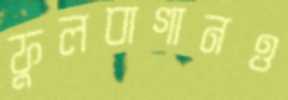
ফুলবাগানও